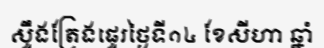
ស្ទឹងត្រែងផ្ទេរថ្ងៃទី១៤ ខែសីហា ឆ្នាំ